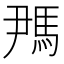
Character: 𬳪